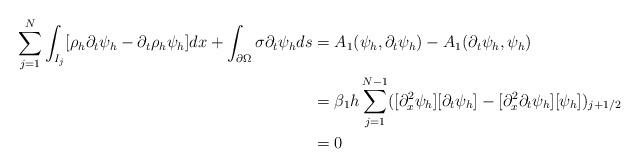
LaTeX: \begin{align*} \sum_{j=1}^N \int_{I_j} [\rho_h \partial_t \psi_h - \partial_t \rho_{h} \psi_h ]dx + \int_{\partial \Omega}\sigma \partial_t \psi_h ds & =A_1(\psi_h, \partial_t \psi_h )- A_1(\partial_t \psi_h, \psi_h) \\ & =\beta_1 h \sum_{j=1}^{N-1} ([\partial_x^2 \psi_h][ \partial_t \psi_h] -[\partial_x^2\partial_t \psi_h][\psi_h])_{j+1/2}\\ &=0\end{align*}